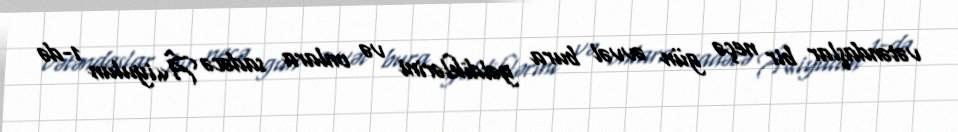
vətəndaşlar bir neçə gün əvvəl bura gəldiklərini və onlara sadəcə Â«iyulun 1-də